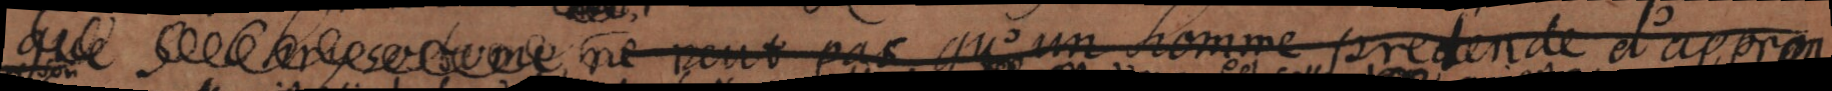
que S. Chrysostome ne veut pas qu’un homme pretende d’appren